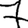
Digit: 7